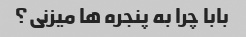
بابا چرا به پنجره ها میزنی؟